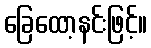
ခြေထော့နင်းဖြင့်။